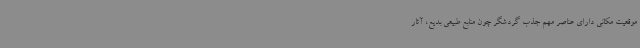
موقعیت مکانی دارای عناصر مهم جذب گردشگر چون منابع طبیعی بدیع، آثار